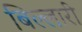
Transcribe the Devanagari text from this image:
बिल्लारी